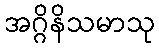
အဂ္ဂိနိသမာသု